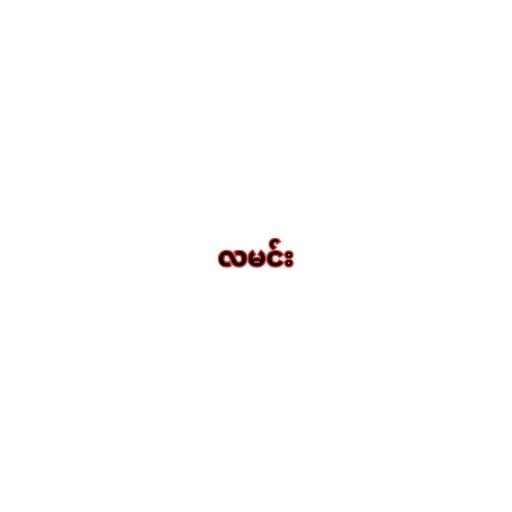
လမင်း